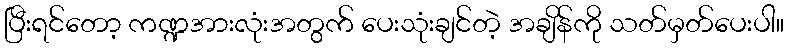
ပြီးရင်တော့ ကဏ္ဍအားလုံးအတွက် ပေးသုံးချင်တဲ့ အချိန်ကို သတ်မှတ်ပေးပါ။